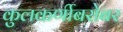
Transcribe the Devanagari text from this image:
कुलकर्णीबरोबर